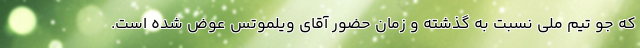
که جو تیم ملی نسبت به گذشته و زمان حضور آقای ویلموتس عوض شده است.